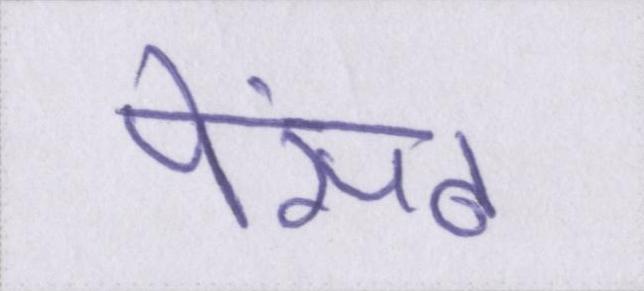
पेंसठ